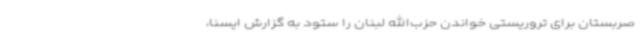
صربستان برای تروریستی خواندن حزب‌الله لبنان را ستود به گزارش ایسنا،